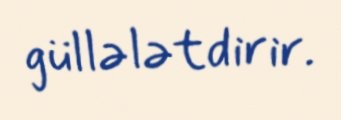
güllələtdirir.